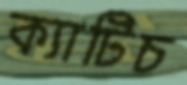
ক্যাটিচ